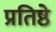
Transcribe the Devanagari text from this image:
प्रतिष्ठे